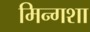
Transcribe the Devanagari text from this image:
मिन्गशा